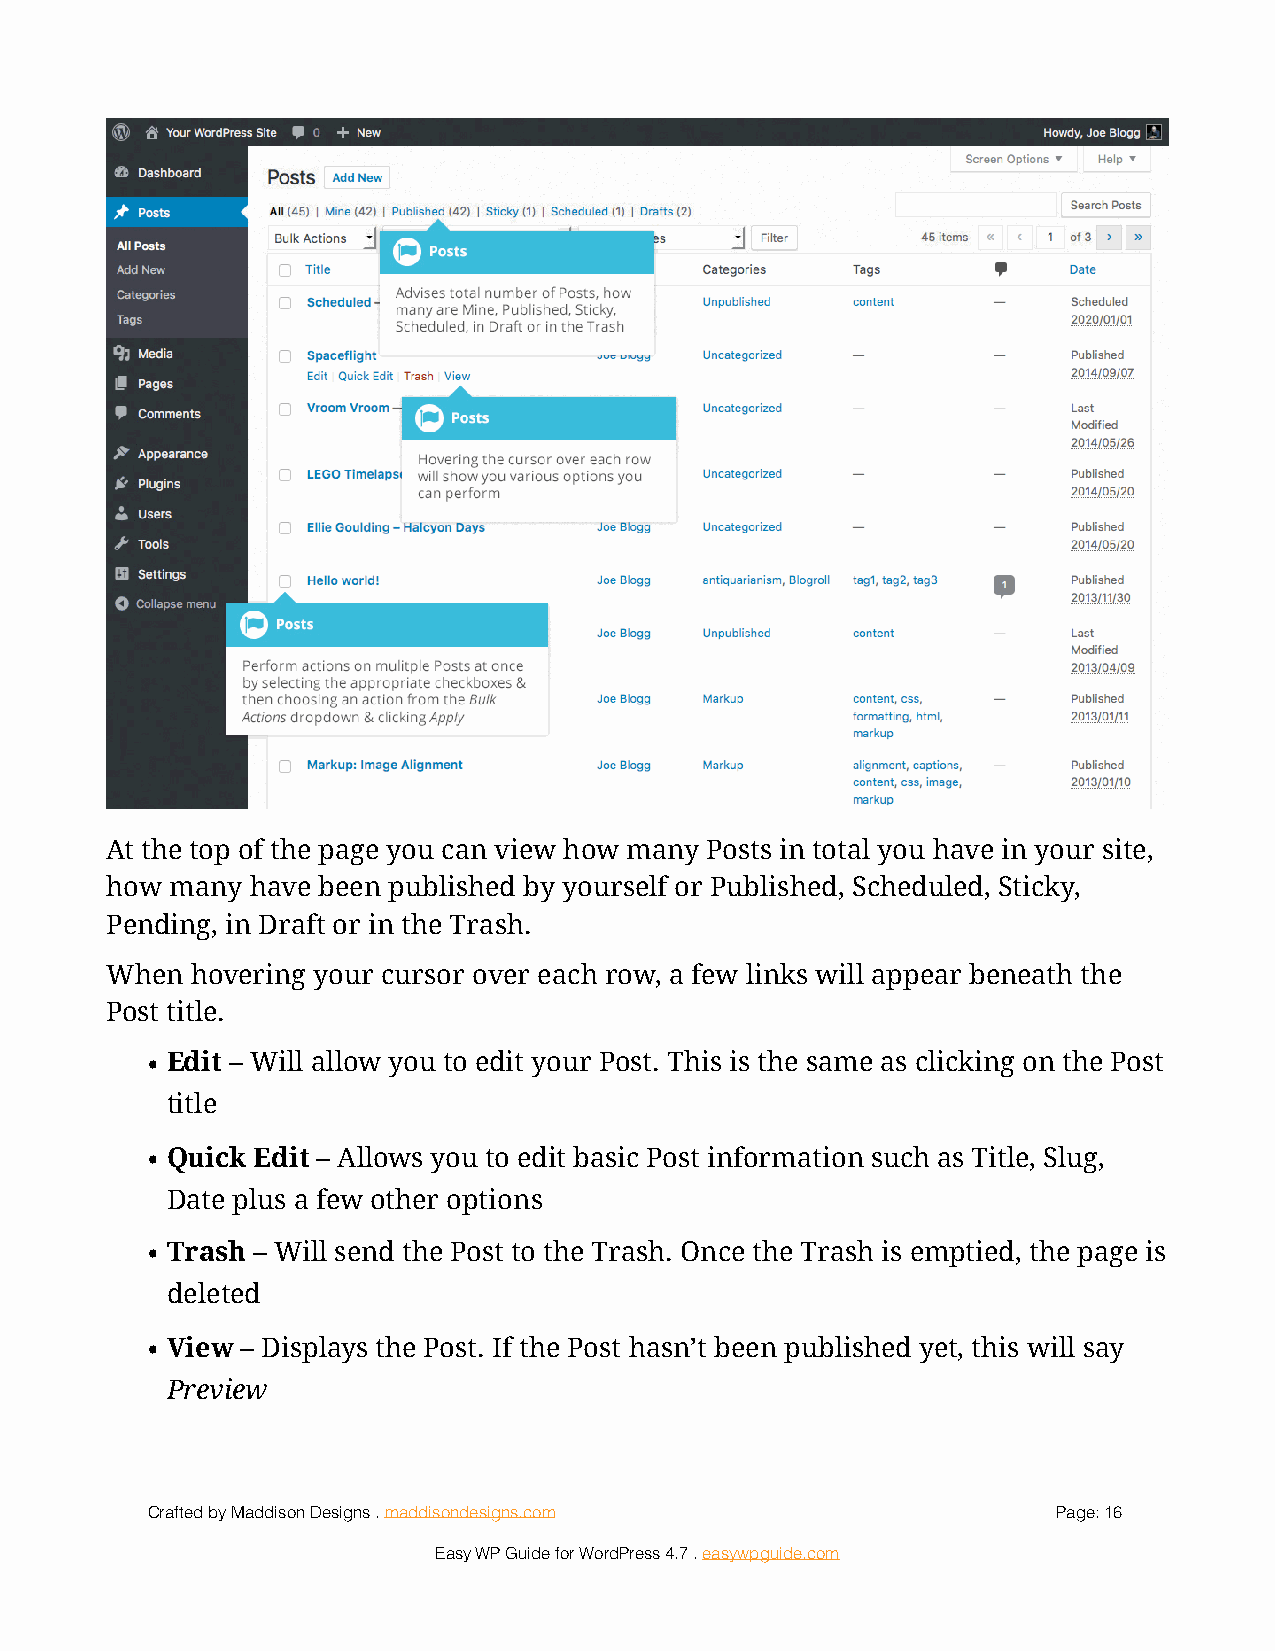
!
 At the top of the page you can view how many Posts in total you have in your site,
 how many  have been published by yourself or Published, Scheduled, Sticky,
 Pending, in Draft or in the Trash.
 When  hovering your cursor over each row, a few links will appear beneath the
 Post title.
 • Edit – Will allow you to edit your Post. This is the same as clicking on the Post
 title
 • Quick Edit – Allows you to edit basic Post information such as Title, Slug,
 Date plus a few other options
 • Trash – Will send the Post to the Trash. Once the Trash is emptied, the page is
 deleted
 • View – Displays the Post. If the Post hasn’t been published yet, this will say
 Preview
 Crafted by Maddison Designs . maddisondesigns.com           Page: 1 6
 Easy WP Guide for WordPress 4.7 . easywpguide.com